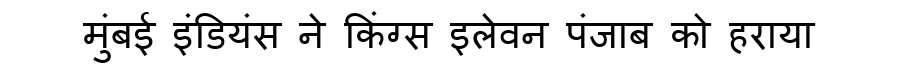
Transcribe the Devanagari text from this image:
मुंबई इंडियंस ने किंग्स इलेवन पंजाब को हराया